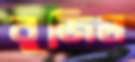
বুজিল